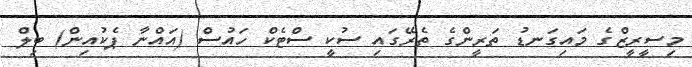
މިސީރީޒްގެ މައިގަނޑު ތަރީންގެ ތެރޭގައި ސުކީ ސްޓެކް ހައުސް (އައްނާ ޕެކުއިން) ބިލް